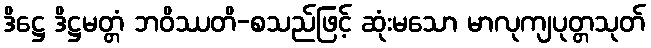
ဒိဋ္ဌေ ဒိဋ္ဌမတ္တံ ဘဝိဿတိ-စသည်ဖြင့် ဆုံးမသော မာလုကျပုတ္တသုတ်